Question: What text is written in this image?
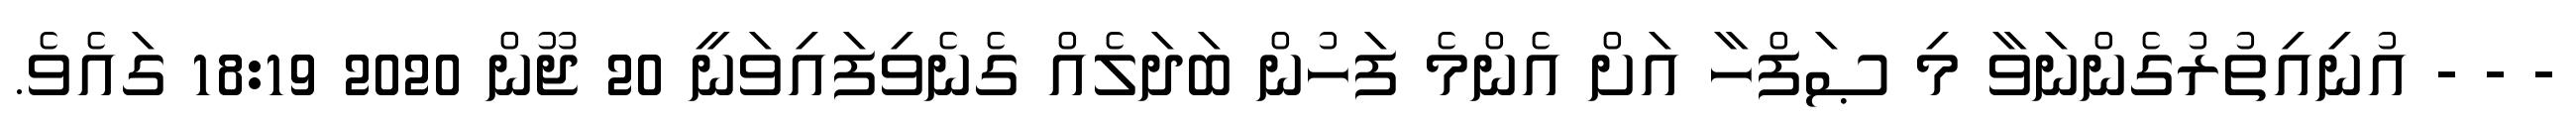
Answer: - - - އުނިއިތުރުގެންނަވާ މި ޞަފްހާ އަށް އެންމެ ފަހުން ބަދަލެއް ގެނެވިފައިވަނީ 20 ޖޫން 2020 18:19 ގައެވެ.